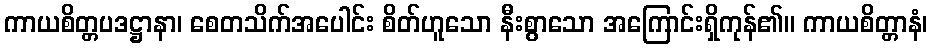
ကာယစိတ္တပဒဋ္ဌာနာ၊ စေတသိက်အပေါင်း စိတ်ဟူသော နီးစွာသော အကြောင်းရှိကုန်၏။ ကာယစိတ္တာနံ၊